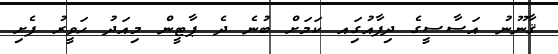
ޤާނޫނު އަސާސީގެ ދިފާއުގަިއ ކަމަށް ބުނެ ދެ ޕާޓީން މިއަދު ހަވީރު ފެށި